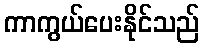
ကာကွယ်ပေးနိုင်သည်